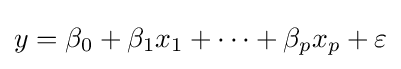
y=\beta _{0}+\beta _{1}x_{1}+\cdots +\beta _{p}x_{p}+\varepsilon